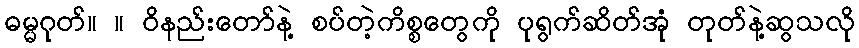
ဓမ္မဂုတ်။ ။ ဝိနည်းတော်နဲ့ စပ်တဲ့ကိစ္စတွေကို ပုရွက်ဆိတ်အုံ တုတ်နဲ့ဆွသလို